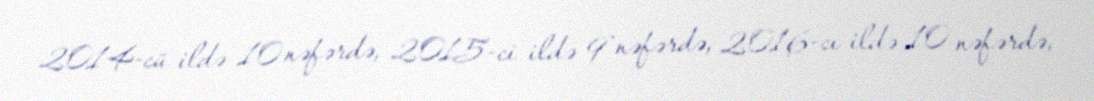
2014-cü ildə 10 nəfərdə, 2015-ci ildə 9 nəfərdə, 2016-cı ildə 10 nəfərdə,